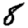
Digit: 8